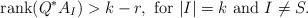
LaTeX: \begin{align*}{\rm rank}(Q^{*}A_I)>k-r,~{\rm for}~|I|=k~{\rm and}~I\neq S.\end{align*}